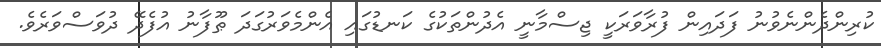
ކުރިންދެންނެވުނު ފަދައިން ފުރާވަރަކީ ޖިސްމާނީ އެދުންތަކުގެ ކަނޑުގައި އެންމެވަރުގަދަ ޠޫފާނު އުފެދޭ ދުވަސްވަރެވެ.